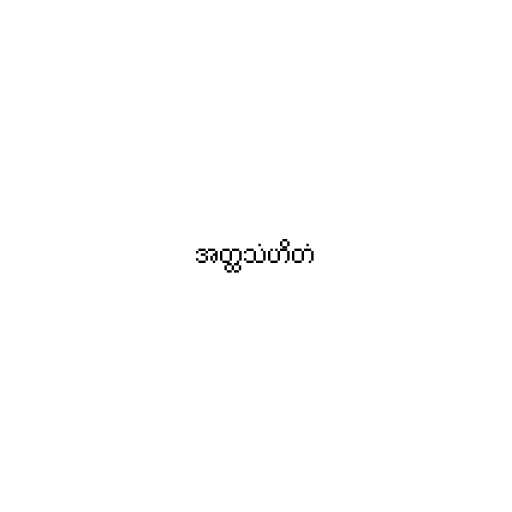
အတ္ထသံဟိတံ